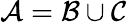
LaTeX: {\mathcal{A}}={\mathcal{B}}\cup{\mathcal{C}}